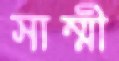
সাম্মী